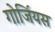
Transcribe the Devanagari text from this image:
गोर्जियस